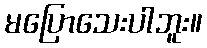
မပြောသေးပါဘူး။